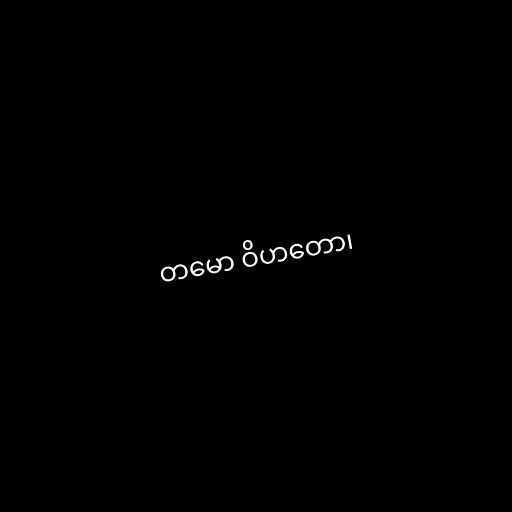
တမော ဝိဟတော၊